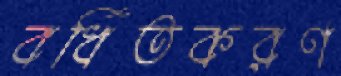
বর্ধিতকরণ